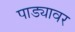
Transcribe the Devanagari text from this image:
पाड्यावर